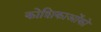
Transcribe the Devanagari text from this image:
कोशिकाओंको